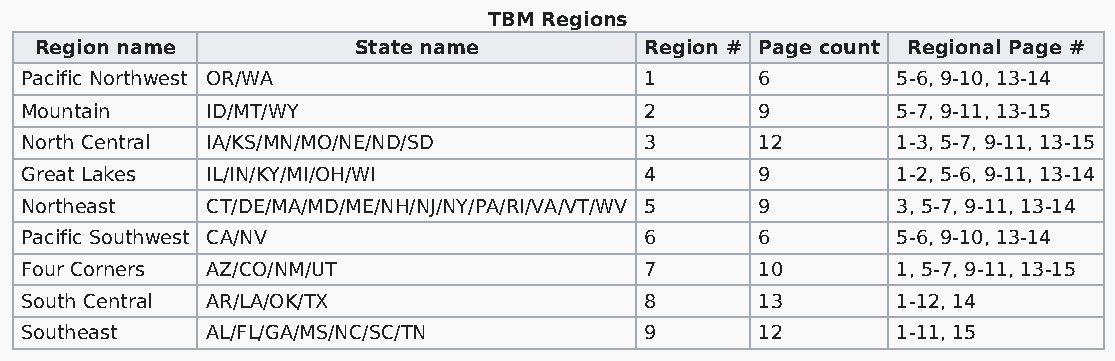
TBM Regions
 Region name          State name          Region # Page count Regional Page #
 Pacific Northwest OR/WA                   1      6        5-6, 9-10, 13-14
 Mountain     ID/MT/WY                     2      9        5-7, 9-11, 13-15
 North Central IA/KS/MN/MO/NE/ND/SD        3      12       1-3, 5-7, 9-11, 13-15
 Great Lakes  IL/IN/KY/MI/OH/WI            4      9        1-2, 5-6, 9-11, 13-14
 Northeast    CT/DE/MA/MD/ME/NH/NJ/NY/PA/RI/VA/VT/WV 5 9   3, 5-7, 9-11, 13-14
 Pacific Southwest CA/NV                   6      6        5-6, 9-10, 13-14
 Four Corners AZ/CO/NM/UT                  7      10       1, 5-7, 9-11, 13-15
 South Central AR/LA/OK/TX                 8      13       1-12, 14
 Southeast    AL/FL/GA/MS/NC/SC/TN         9      12       1-11, 15